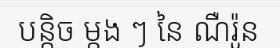
បន្តិច ម្តង ៗ នៃ ណឺរ៉ូន